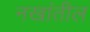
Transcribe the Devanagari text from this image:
नखांतील